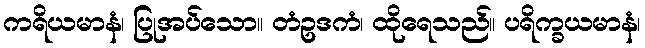
ကရိယမာနံ၊ ပြုအပ်သော။ တံဥဒကံ၊ ထိုရေသည်။ ပရိက္ခယမာနံ၊